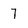
Character: 7